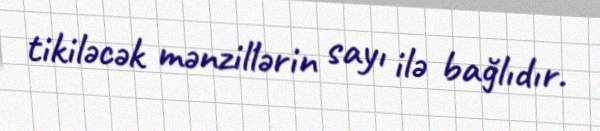
tikiləcək mənzillərin sayı ilə bağlıdır.